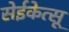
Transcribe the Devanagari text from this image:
सेईकेत्सू